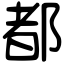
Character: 都